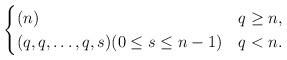
LaTeX: \begin{align*} \begin{cases} (n)&q\geq n,\\ (q,q,\dots,q,s)(0\leq s\leq n-1)&q<n. \end{cases}\end{align*}